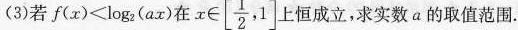
(3)若f(x)≤log(ax)在α $$c \in \left[ \frac{1}{2},1\right]$$ 上恒成立，求实数a的取值范围。